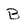
Character: B